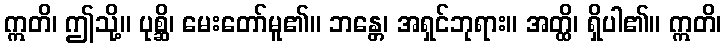
ဣတိ၊ ဤသို့။ ပုစ္ဆိ၊ မေးတော်မူ၏။ ဘန္တေ၊ အရှင်ဘုရား။ အတ္ထိ၊ ရှိပါ၏။ ဣတိ၊